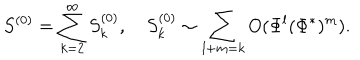
S ^ { ( 0 ) } = \sum _ { k = 2 } ^ { \infty } S _ { k } ^ { ( 0 ) } , \quad S _ { k } ^ { ( 0 ) } \sim \sum _ { l + m = k } O ( \Phi ^ { l } ( \Phi ^ { * } ) ^ { m } ) .